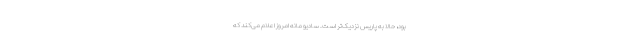
بود، حالا به پاریس نزدیک‌تر است. سادیو مانه امروز اعلام می‌کند که